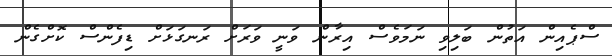
ސްޕެއިން އަތުން ބަލިވި ނަމަވެސް އިރާން ވަނީ ވަރަށް ރަނގަޅަށް ޑިފެންސް ކޮށްގެން